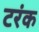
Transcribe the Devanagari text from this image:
टरंक